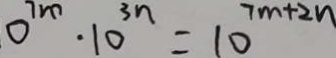
0 ^ { 7 m } \cdot 1 0 ^ { 3 n } = 1 0 ^ { 7 m + 2 n }